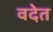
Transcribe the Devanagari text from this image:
वदेत